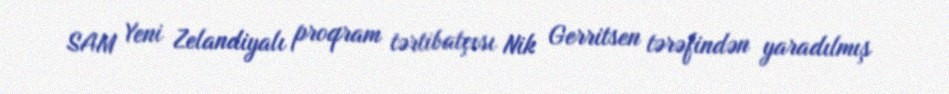
SAM Yeni Zelandiyalı proqram tərtibatçısı Nik Gerritsen tərəfindən yaradılmış